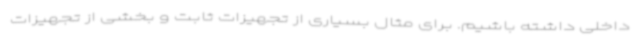
داخلی داشته باشیم. برای مثال بسیاری از تجهیزات ثابت و بخشی از تجهیزات